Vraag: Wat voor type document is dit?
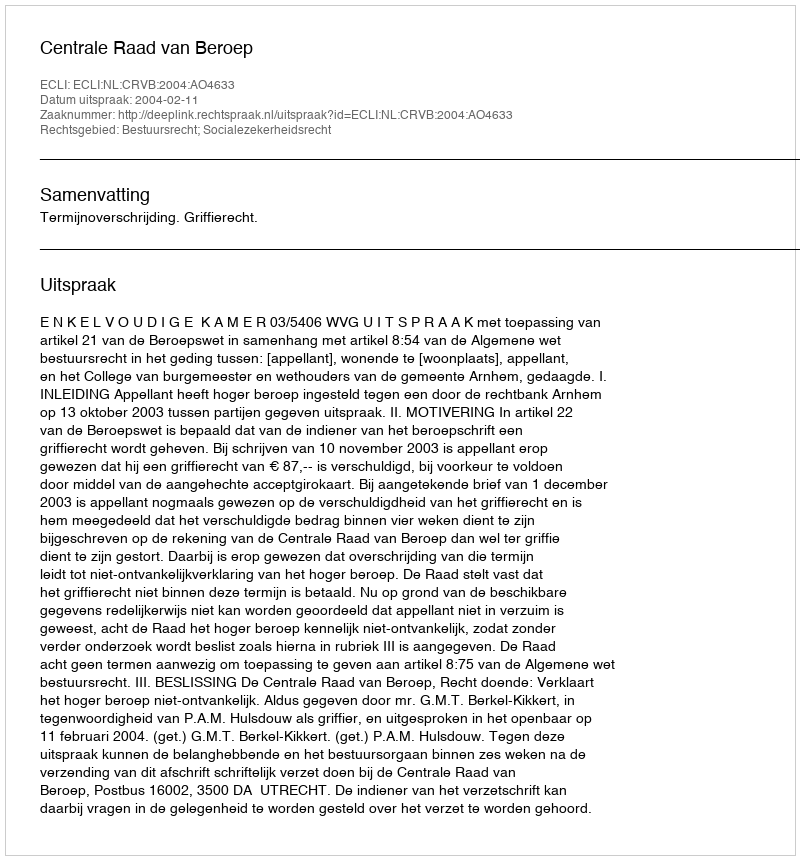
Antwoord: Uitspraak